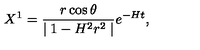
X ^ { 1 } = \frac { r \cos \theta } { \mid 1 - H ^ { 2 } r ^ { 2 } \mid } e ^ { - H t } ,